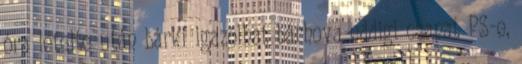
óra letelte után bárki igazolhat bárhova eddigi csapat PS-e,